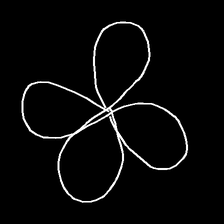
Glyph: billowing